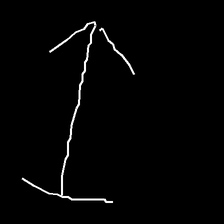
Glyph: levitation